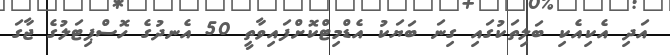
އަދި އެކިއެކި ބަލިތަކުގައި ގިނަ ބަޔަކު އެޑްމިޓްކޮށްފައިވާތީ 50 އެނދުގެ ހޮސްޕިޓަލުގެ ޖާގަ